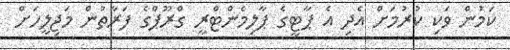
ކަމުން ވަކި ކުރުމަށް އެދި އެ ޕާޓީގެ ޕާލިމެންޓްރީ ގްރޫޕްގެ ފަރާތުން މަޖިލީހަށް